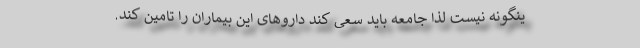
ینگونه نیست لذا جامعه باید سعی کند داروهای این بیماران را تامین کند.